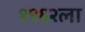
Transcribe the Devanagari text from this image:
१९६२ला